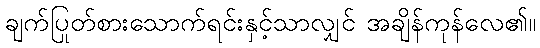
ချက်ပြုတ်စားသောက်ရင်းနှင့်သာလျှင် အချိန်ကုန်လေ၏။